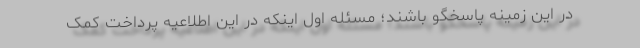
در این زمینه پاسخگو باشند؛ مسئله اول اینکه در این اطلاعیه پرداخت کمک